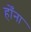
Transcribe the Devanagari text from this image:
होँना